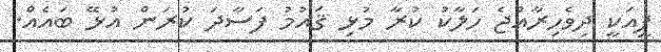
ޕީއަކީ ދިވެހިރާއްޖެ ހަލާކު ކުރާ މުޅި ޤައުމު ފަސާދަ ކުރަން އުޅޭ ބައެއް.